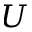
U